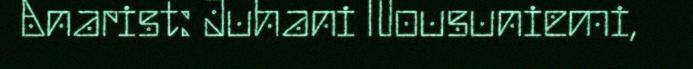
Anarist: Juhani Nousuniemi,